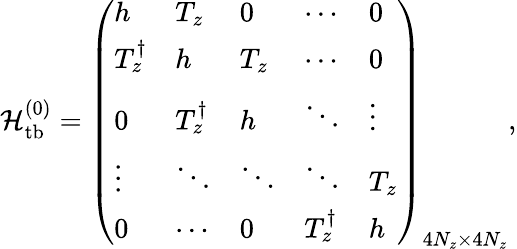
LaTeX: \begin{array}{r}{{\cal H}_{\mathrm{tb}}^{(0)}=\left(\begin{array}{lllll}{h}&{T_{z}}&{0}&{\cdots}&{0}\\ {T_{z}^{\dagger}}&{h}&{T_{z}}&{\cdots}&{0}\\ {0}&{T_{z}^{\dagger}}&{h}&{\ddots}&{\vdots}\\ {\vdots}&{\ddots}&{\ddots}&{\ddots}&{T_{z}}\\ {0}&{\cdots}&{0}&{T_{z}^{\dagger}}&{h}\end{array}\right)_{4N_{z}\times 4N_{z}},}\end{array}